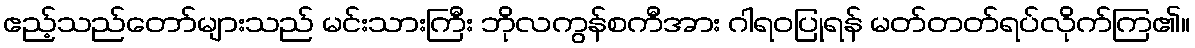
ဧည့်သည်တော်များသည် မင်းသားကြီး ဘိုလကွန်စကီအား ဂါရဝပြုရန် မတ်တတ်ရပ်လိုက်ကြ၏။